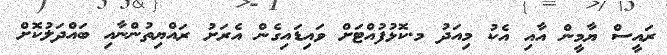
ރައީސް ޔާމީން އާއި އެކު މިއަދު މ.ކޮޅުފުއްޓަށް ވައިޑައިގެން އެރަށު ރައްޔިތުންނާއި ބައްދަލުކޮށް